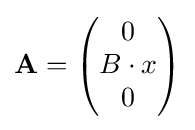
\mathbf {A} ={\begin{pmatrix}0\\B\cdot x\\0\end{pmatrix}}